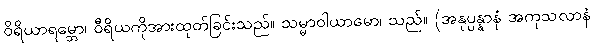
ဝိရိယာရမ္ဘော၊ ဝီရိယကိုအားထုတ်ခြင်းသည်။ သမ္မာဝါယာမော၊ သည်။ (အနုပ္ပန္နာနံ အကုသလာနံ